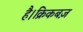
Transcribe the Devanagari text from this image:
है।क्रिकबज़